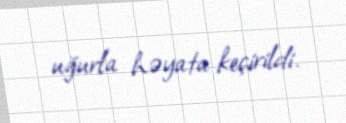
uğurla həyata keçirildi.